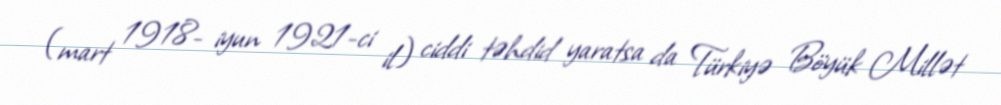
(mart 1918- iyun 1921-ci il) ciddi təhdid yaratsa da Türkiyə Böyük Millət